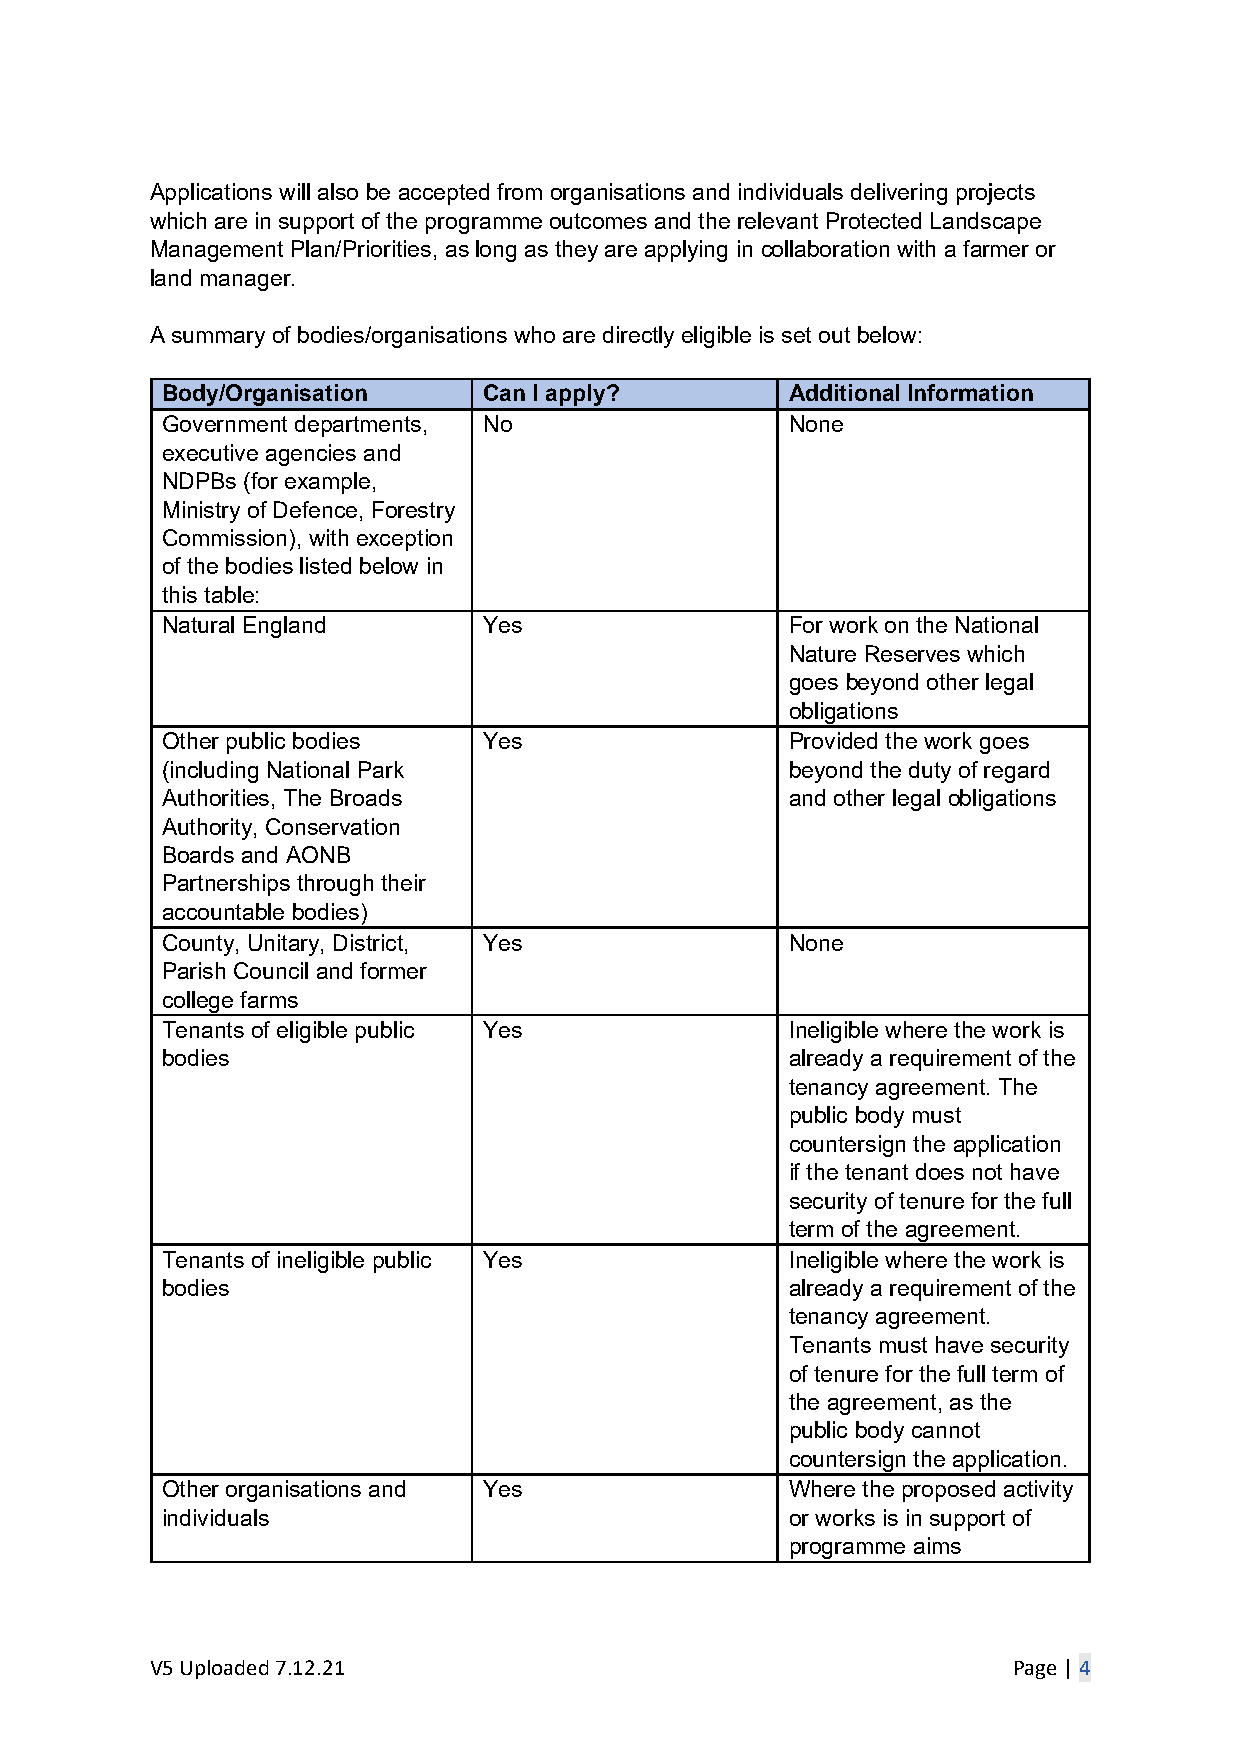
Applications will also be accepted from organisations and individuals delivering projects
 which are in support of the programme outcomes and the relevant Protected Landscape
 Management Plan/Priorities, as long as they are applying in collaboration with a farmer or
 land manager.
 A summary of bodies/organisations who are directly eligible is set out below:
 Body/Organisation    Can I apply?        Additional Information
 Government departments, No               None
 executive agencies and
 NDPBs (for example,
 Ministry of Defence, Forestry
 Commission), with exception
 of the bodies listed below in
 this table:
 Natural England      Yes                 For work on the National
 Nature Reserves which
 goes beyond other legal
 obligations
 Other public bodies  Yes                 Provided the work goes
 (including National Park                 beyond the duty of regard
 Authorities, The Broads                  and other legal obligations
 Authority, Conservation
 Boards and AONB
 Partnerships through their
 accountable bodies)
 County, Unitary, District, Yes           None
 Parish Council and former
 college farms
 Tenants of eligible public Yes           Ineligible where the work is
 bodies                                   already a requirement of the
 tenancy agreement. The
 public body must
 countersign the application
 if the tenant does not have
 security of tenure for the full
 term of the agreement.
 Tenants of ineligible public Yes         Ineligible where the work is
 bodies                                   already a requirement of the
 tenancy agreement.
 Tenants must have security
 of tenure for the full term of
 the agreement, as the
 public body cannot
 countersign the application.
 Other organisations and Yes              Where the proposed activity
 individuals                              or works is in support of
 programme aims
 V5 Uploaded 7.12.21                                      Page | 4